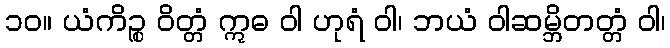
၁၀။ ယံကိဉ္စ ဝိတ္တံ ဣဓ ဝါ ဟုရံ ဝါ၊ ဘယံ ဝါဆမ္ဘိတတ္တံ ဝါ၊